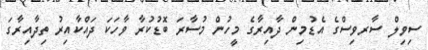
ސިވިލް ސާރވިސްގެ އެޑުމިން ދާއިރާގެ މީހުން މުސާރަ ބޮޑުކުރާ ވާހަކަ ދައްކާއިރު ތިދާއިރާގަ